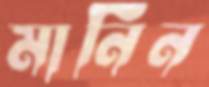
মানিন